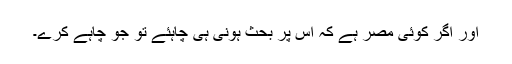
اور اگر کوئی مصر ہے کہ اس پر بحث ہونی ہی چاہئے تو جو چاہے کرے۔